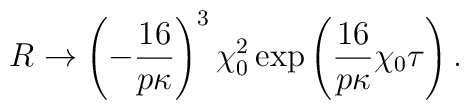
R \rightarrow \left(-\frac{16}{p\kappa}\right)^3 \chi_0^2\exp\left(\frac{16}{p\kappa}\chi_0 \tau\right).